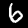
Label: 6